Indian journal of veterinary science and animal husbandry - Volume 6,
Year: 1936
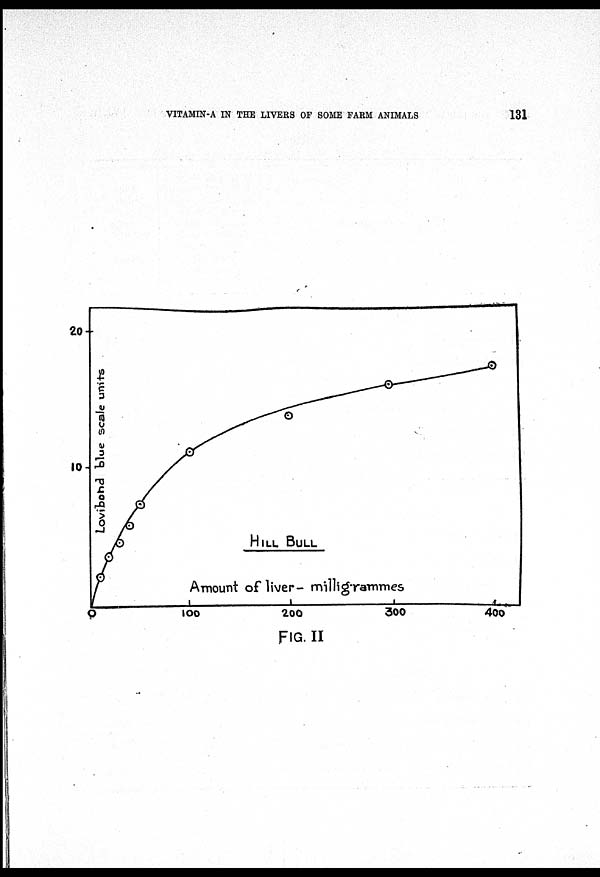
VITAMIN-A IN THE LIVERS OF SOME FARM ANIMALS
131